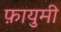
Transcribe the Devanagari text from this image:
फ़ायुमी